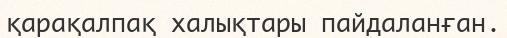
қарақалпақ халықтары пайдаланған.